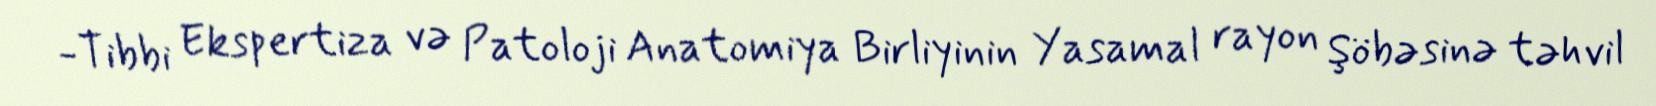
-Tibbi Ekspertiza və Patoloji Anatomiya Birliyinin Yasamal rayon Şöbəsinə təhvil